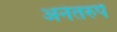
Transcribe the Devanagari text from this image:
अनंतरुपे